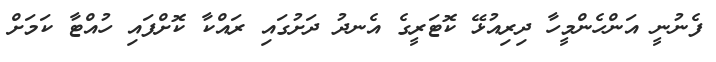
ފެނުނީ އަންހެންމީހާ ދިރިއުޅޭ ކޮޓަރީގެ އެނދު ދަށުގައި ރައްކާ ކޮށްފައި ހުއްޓާ ކަމަށް